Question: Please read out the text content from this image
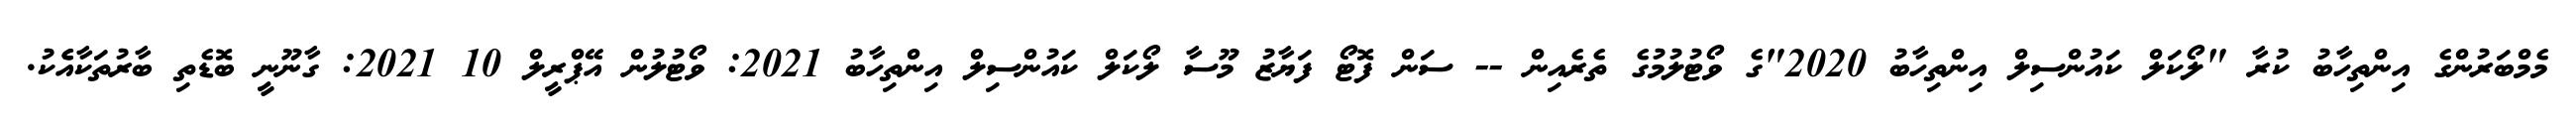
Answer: މެމްބަރުންގެ އިންތިހާބު ކުރާ "ލޯކަލް ކައުންސިލް އިންތިހާބު 2020"ގެ ވޯޓުލުމުގެ ތެރެއިން -- ސަން ފޮޓޯ ފަޔާޒު މޫސާ ލޯކަލް ކައުންސިލް އިންތިހާބު 2021: ވޯޓުލުން އޭޕްރީލް 10 2021: ގާނޫނީ ބޮޑެތި ބާރުތަކާއެެކު.